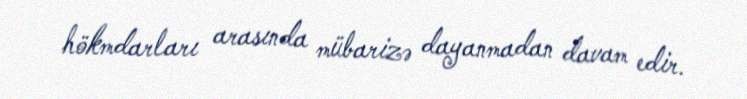
hökmdarları arasında mübarizə dayanmadan davam edir.